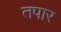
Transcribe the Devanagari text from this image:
तपार